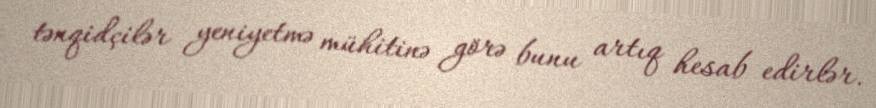
tənqidçilər yeniyetmə mühitinə görə bunu artıq hesab edirlər.